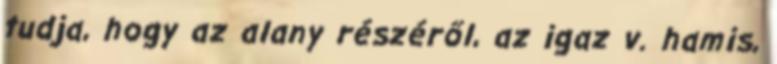
tudja, hogy az alany részéről, az igaz v. hamis,